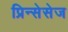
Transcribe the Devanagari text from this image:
प्रिन्सेसेज